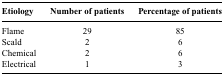
| Etiology | Number of patients | Percentage of patients |
 | --- | --- | --- |
 | Flame | 29 | 85 |
 | Scald | 2 | 6 |
 | Chemical | 2 | 6 |
 | Electrical | 1 | 3 |